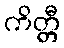
ကိတ္တီ